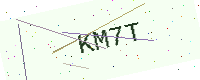
Text: KM7T